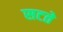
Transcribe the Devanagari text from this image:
सटते